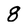
Character: 8